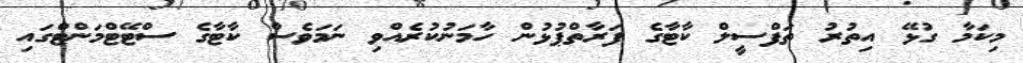
މިކަމާ ގުޅޭ އިތުރު ތަފްސީލް ކާޓާގެ ފަރާތްޕުޅުން ހާމަނުކުރެއްވި ނަމަވެސް ކާޓާގެ ސްޓޭޓްމަންޓްގައި